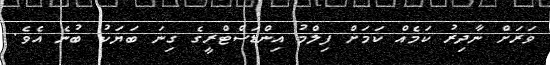
ވަރަށް ނާދިރު ކަމެއް ކަމަށް ފިލްމު އިންޑަސްޓްރީގެ ގިނަ ބަޔަކު ބުނެ އެވެ.